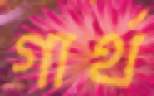
গার্থ